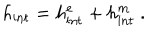
LaTeX: h _ { \mathrm { i n t } } = h _ { \mathrm { i n t } } ^ { e } + h _ { \mathrm { i n t } } ^ { m } \ .